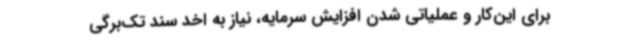
برای این‌کار و عملیاتی شدن افزایش سرمایه، نیاز به اخد سند تک‌برگی